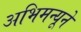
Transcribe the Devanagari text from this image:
अभिमन्यूने